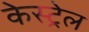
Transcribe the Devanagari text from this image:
केस्ट्रेल